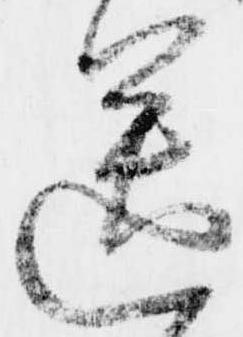
送